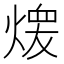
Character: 𱫶